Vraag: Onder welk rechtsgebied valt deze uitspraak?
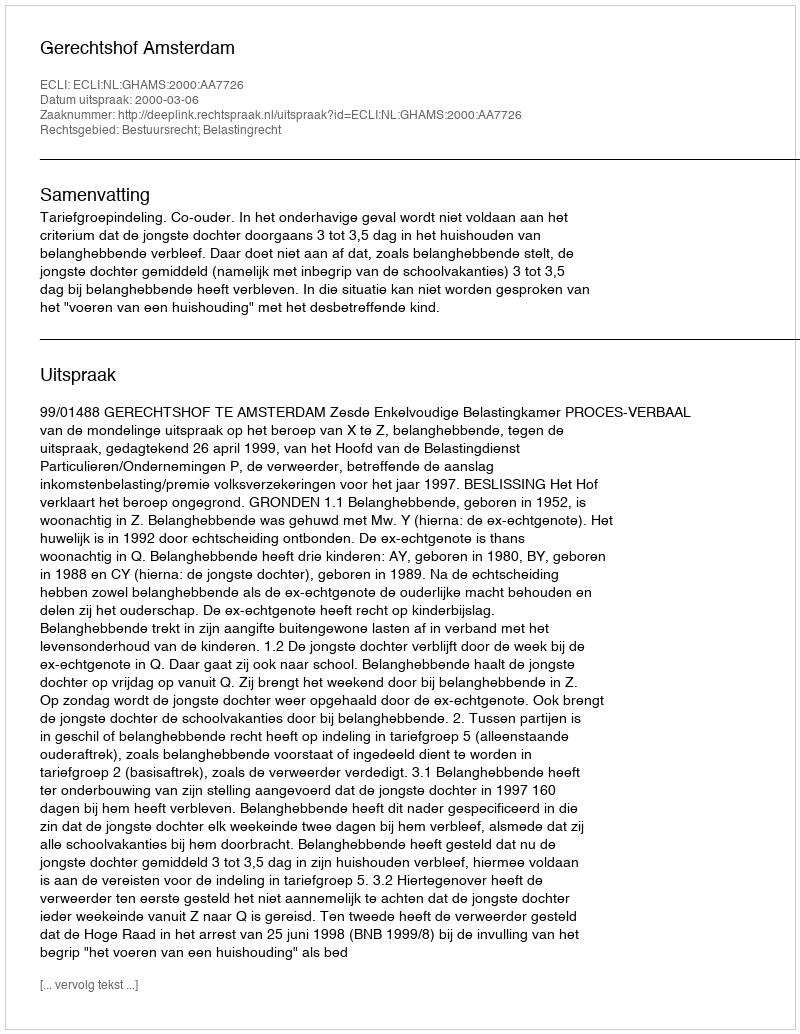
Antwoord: Bestuursrecht; Belastingrecht